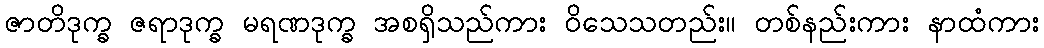
ဇာတိဒုက္ခ ဇရာဒုက္ခ မရဏဒုက္ခ အစရှိသည်ကား ဝိသေသတည်း။ တစ်နည်းကား နာထံကား